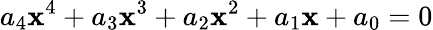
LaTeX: a_{4}\mathbf{x}^{4}+a_{3}\mathbf{x}^{3}+a_{2}\mathbf{x}^{2}+a_{1}\mathbf{x}+a_{0}=0